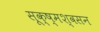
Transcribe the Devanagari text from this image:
सूक्ष्मश्वसन